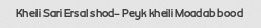
Kheili Sari Ersal shod- Peyk kheili Moadab bood